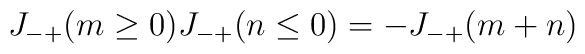
J_{-+}(m\ge 0)J_{-+}(n \le 0) = -J_{-+}(m+n)